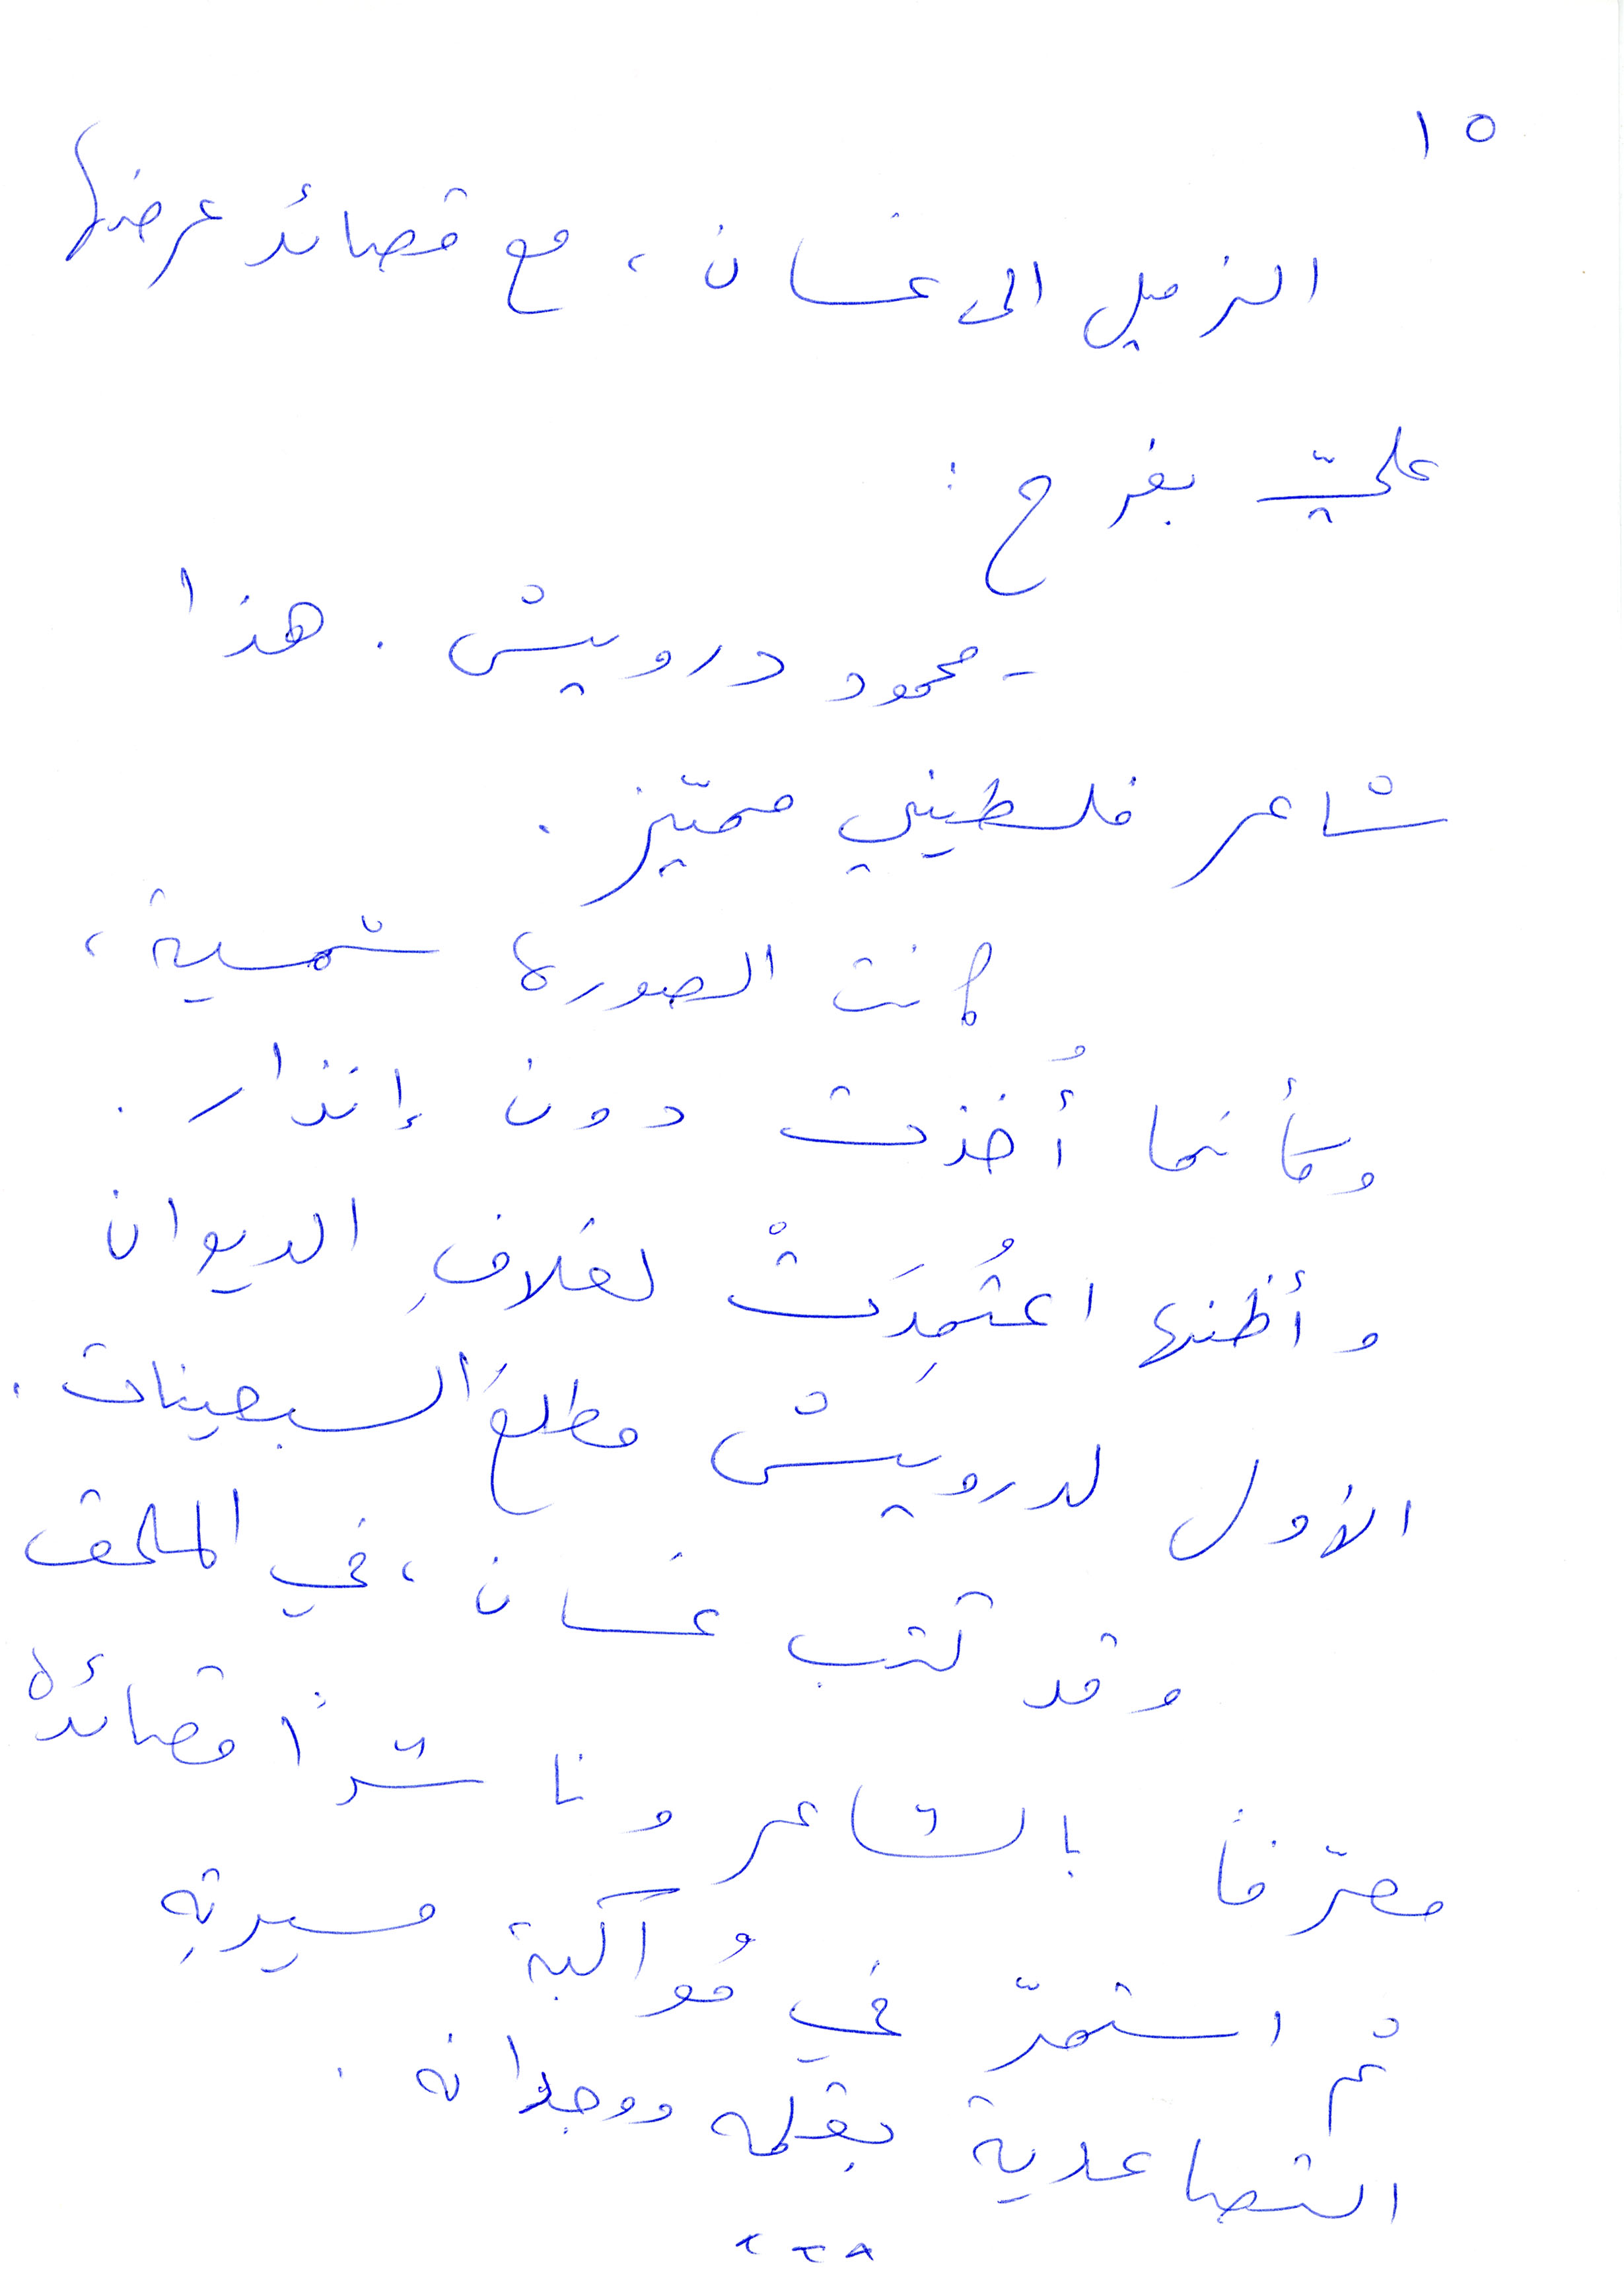
١٥
الزميل الى غسان، مع قصائد عرضها
عليّ بفرح:
محمود درويش. هذا
شاعر فلسطيني مميّز.
كانت الصورة شمسية،
وكأنما أخذت دون انذار؟
وأظنها اعتُمدتْ لغلاف الديوان
الأول لدرويش مطلع السبعينات.
وقد كتب غسان في الملحق
معرّفًا بالشاعر وناشرًا قصائده
ثم استمرّ في مواكبة مسيرته
التصاعدية بقلمه ووجدانه